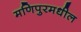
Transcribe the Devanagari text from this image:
मणिपुरमधील